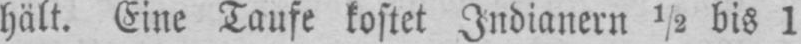
hält. Eine Taufe kostet Indianern ½ bis 1